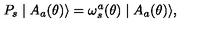
P _ { s } \mid A _ { a } ( \theta ) \rangle = \omega _ { s } ^ { a } ( \theta ) \mid A _ { a } ( \theta ) \rangle ,